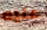
عليه